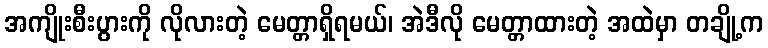
အကျိုးစီးပွားကို လိုလားတဲ့ မေတ္တာရှိရမယ်၊ အဲဒီလို မေတ္တာထားတဲ့ အထဲမှာ တချို့က